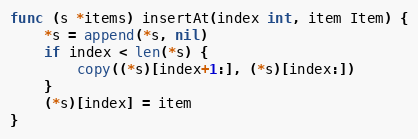
Language: Go
func (s *items) insertAt(index int, item Item) {
	*s = append(*s, nil)
	if index < len(*s) {
		copy((*s)[index+1:], (*s)[index:])
	}
	(*s)[index] = item
}